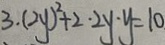
3 . ( 2 y ) ^ { 2 } + 2 \cdot 2 y \cdot y = 1 0